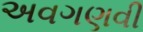
અવગણવી